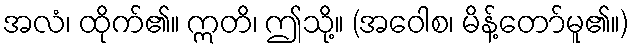
အလံ၊ ထိုက်၏။ ဣတိ၊ ဤသို့။ (အဝေါစ၊ မိန့်တော်မူ၏။)